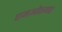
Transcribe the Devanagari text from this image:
एमओएमए